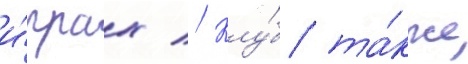
и́грах // Клу́б та́кже